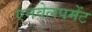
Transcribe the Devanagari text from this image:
एनवेलपमेंट